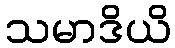
သမာဒိယိ